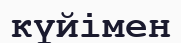
күйімен